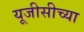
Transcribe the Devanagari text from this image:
यूजीसीच्या